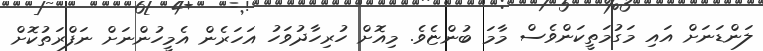
ލަންޑަނަށް އައި މަގުމަތީކަންވެސް މާމަ ބުންޏެވެ. މިއޮށް ހުރިހާދުވަހު އަހަރެން އެމީހުންނަށް ނަފްރަތުކޮށް